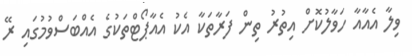
ވިލާ އެއާއާ ހަވާލުކޮށް އިތުރު ތިން ފަރާތަކާ އެކު އެއާޕޯޓްތަކުގެ އެއްބަސްވުމުގައި ރޭ